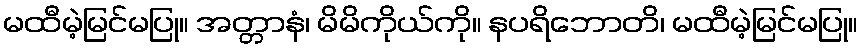
မထီမဲ့မြင်မပြု။ အတ္တာနံ၊ မိမိကိုယ်ကို။ နပရိဘောတိ၊ မထီမဲ့မြင်မပြု။